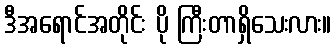
ဒီအရောင်အတိုင်း ပို ကြီးတာရှိသေးလား။